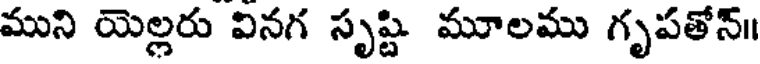
ముని యెల్లరు వినగ సృష్టి మూలము గృపతోన్॥